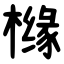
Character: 橼